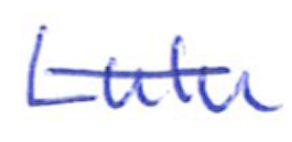
Text: Lulu
Cross-out: single-line
Writing tool: ballpoint